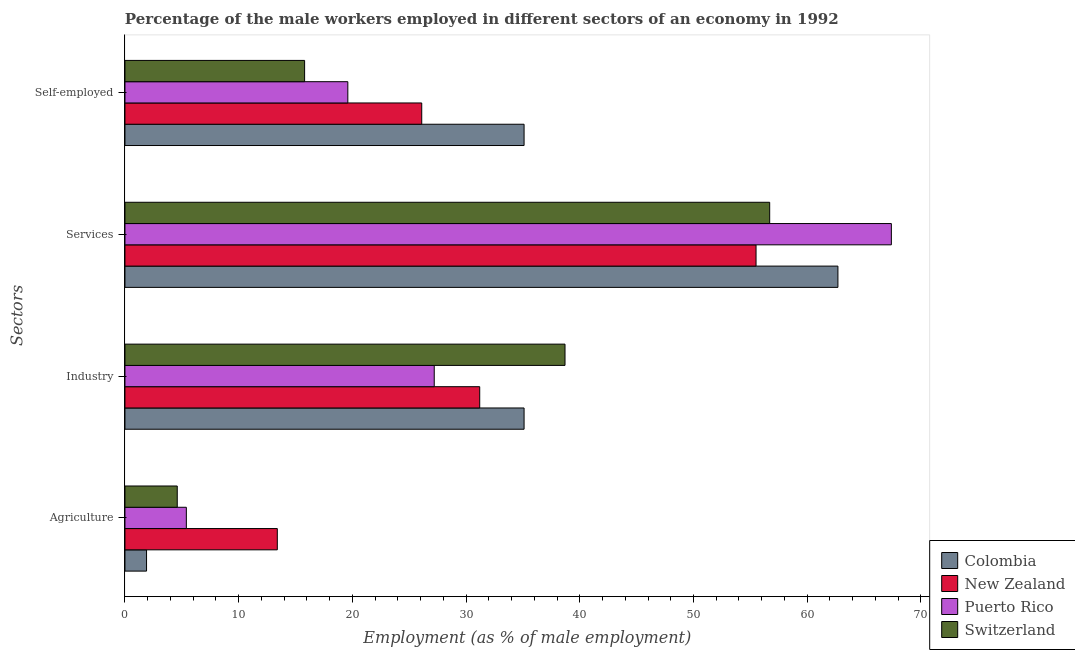
| Sectors | Colombia | New Zealand | Puerto Rico | Switzerland |
 | --- | --- | --- | --- | --- |
 | Agriculture | 1.9 | 13.4 | 5.4 | 4.6 |
 | Industry | 35.1 | 31.2 | 27.2 | 38.7 |
 | Services | 62.7 | 55.5 | 67.4 | 56.7 |
 | Self-employed | 35.1 | 26.1 | 19.6 | 15.8 |